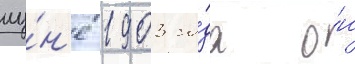
иу́н'е 1903 го́да о́н